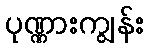
ပုဏ္ဏားကျွန်း